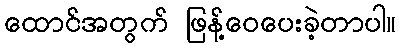
ထောင်အတွက် ဖြန့်ဝေပေးခဲ့တာပါ။